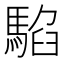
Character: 𩤂